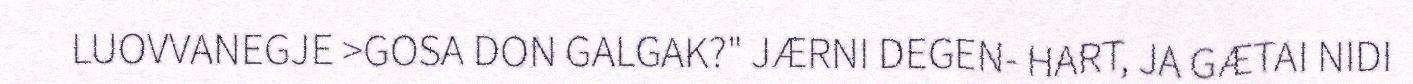
LUOVVANEGJE >GOSA DON GALGAK?" JÆRNI DEGEN- HART, JA GÆTAI NIDI